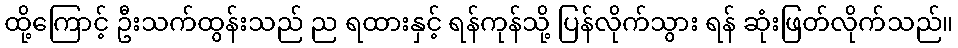
ထို့ကြောင့် ဦးသက်ထွန်းသည် ည ရထားနှင့် ရန်ကုန်သို့ ပြန်လိုက်သွား ရန် ဆုံးဖြတ်လိုက်သည်။